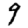
Digit: 9